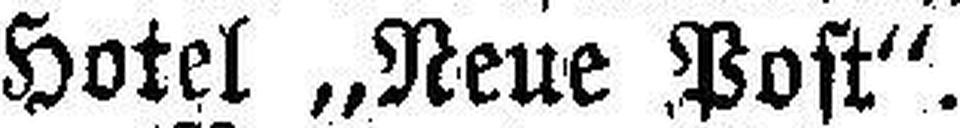
Hotel „Neue Post“.